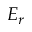
E _ { r }